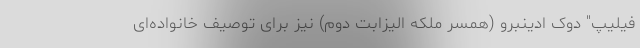
فیلیپ" دوک ادینبرو (همسر ملکه الیزابت دوم) نیز برای توصیف خانواده‌ای